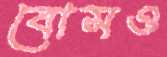
বোসও